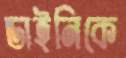
ডাইনিকে